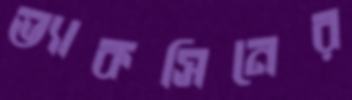
ভ্যাকসিনের